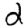
Digit: 2